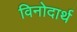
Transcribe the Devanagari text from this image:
विनोदार्थ